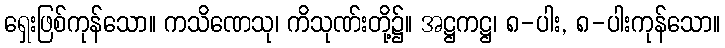
ရှေးဖြစ်ကုန်သော။ ကသိဏေသု၊ ကိသုဏ်းတို့၌။ အဋ္ဌကဋ္ဌ၊ ၈-ပါး, ၈-ပါးကုန်သော။